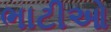
ભાટીઓ